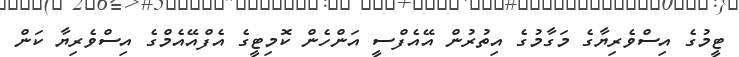
ޓީމުގެ އިސްވެރިޔާގެ މަގާމުގެ އިތުރުން އޭއެފްސީ އަންހެން ކޮމިޓީގެ އެފްއޭއެމްގެ އިސްވެރިޔާ ކަން